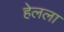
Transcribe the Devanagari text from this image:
हेलला